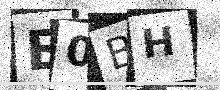
Text: E0BH